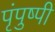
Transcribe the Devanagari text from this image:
पृंपुष्पी